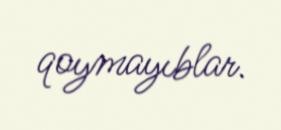
qoymayıblar.